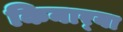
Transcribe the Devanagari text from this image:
किनार्‍या